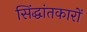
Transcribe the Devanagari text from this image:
सिंद्धांतकारों